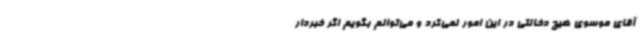
آقای موسوی هیچ دخالتی در این امور نمی‌کرد و می‌توانم بگویم اگر خبردار